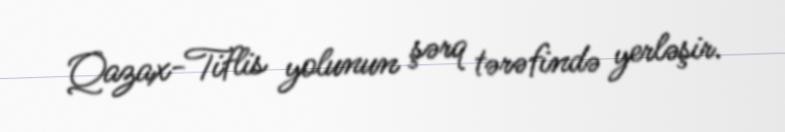
Qazax-Tiflis yolunun şərq tərəfində yerləşir.